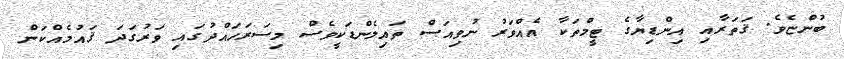
ބުންޏެވެ. ޤަތަރާއި އިންޑިޔާގެ ޓީމްތަކާ އެއްވަރު ނުވިއަސް ތައިލެންޑަކީވެސް މިސަރަހައްދުގައި ވަރުގަދަ ޤައުމެއްކަން